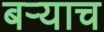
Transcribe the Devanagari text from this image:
बऱ्‍याच